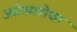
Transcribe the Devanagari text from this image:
असेबसंबोधत